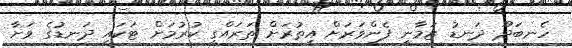
ހެނބަދޫ ދަނޑު ޒަމާނީ ފެންވަރަށް އިތުރަށް ތަރައްގީ ކުރުމަށް ޓަކައި ދަނޑުގެ ވަށާ